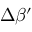
\Delta \beta ^ { \prime }